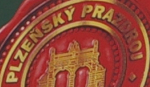
PLZENSKY PRAZDROI